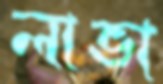
লাভা